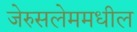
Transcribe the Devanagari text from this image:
जेरुसलेममधील